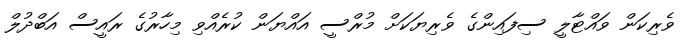
ވެރިކަން ވައްޓާލީ ސިފައިންގެ ވެރިޔަކަށް މުރްސީ އައްޔަން ކުރެއްވި މިހާރުގެ ރައީސް އަބްދުލް